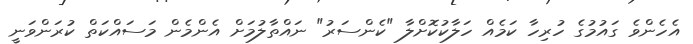
އެހެންވެ ގައުމުގެ ހުރިހާ ކަމެއް ހަލާކުކޮށްލާ "ކެންސަރު" ނައްތާލުމަށް އެންމެން މަސައްކަތް ކުރަންވަނީ